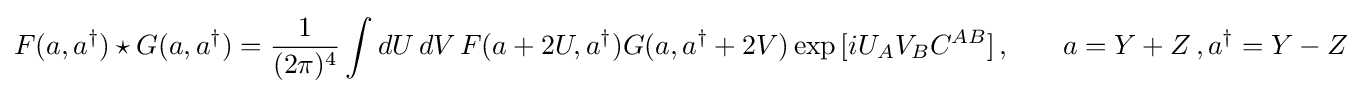
{\begin{aligned}F(a,a^{\dagger })\star G(a,a^{\dagger })&={\frac {1}{(2\pi )^{4}}}\int dU\,dV\,F(a+2U,a^{\dagger })G(a,a^{\dagger }+2V)\exp {[iU_{A}V_{B}C^{AB}]}\,,&\quad a=Y+Z\,,a^{\dagger }=Y-Z\end{aligned}}